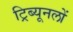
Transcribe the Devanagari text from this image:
ट्रिब्यूनलों